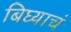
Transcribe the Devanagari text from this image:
बिघ्याचं